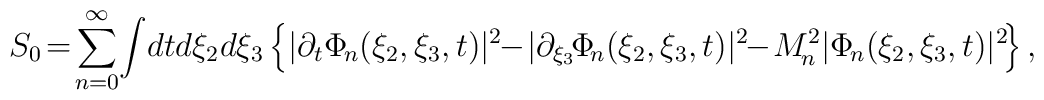
S_{0}\!=\!\sum_{n=0}^{\infty}\!\int\!dtd\xi_{2}d\xi_{3}\left\{|\partial_{t}\Phi_{\!n}(\xi_{2},\xi_{3},t)|^{2}\!\!-\!|\partial_{\xi_{3}}\!\Phi_{\!n}(\xi_{2},\xi_{3},t)|^{2}\!\!-\!M_{\!n}^{2}|\Phi_{\!n}(\xi_{2},\xi_{3},t)|^{2}\!\right\},